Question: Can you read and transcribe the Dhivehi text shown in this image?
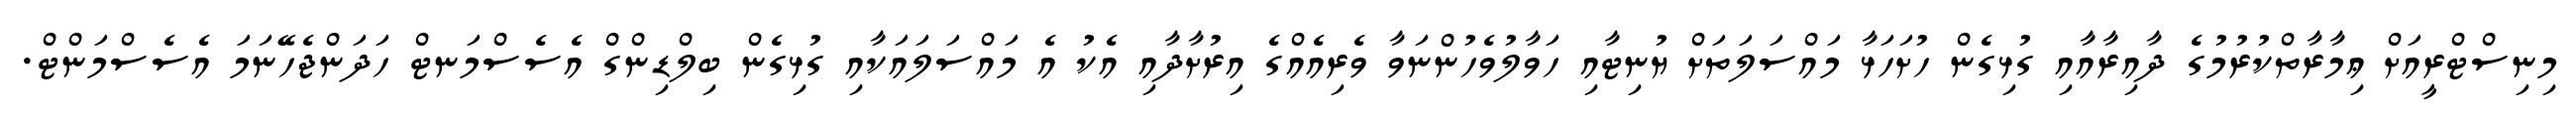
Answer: މިނިސްޓްރީއަށް ޢިމާރާތްކުރުމުގެ ދާއިރާއާއި ގުޅިގެން ހުށަހަޅާ މައްސަލަތަށް ޔުނިޓާއި ހަވާލުވެހުންނަވާ ވެރިއެއްގެ އިރުށާދާއި އެކު އެ މައްސަލައަކާއި ގުޅިގެން ބިލްޑިންގް އެސެސްމަނޓް ހަދަންޖެހޭނަމަ އެސެސްމަންޓް.